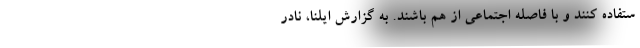
ستفاده کنند و با فاصله اجتماعی از هم باشند. به گزارش ایلنا، نادر